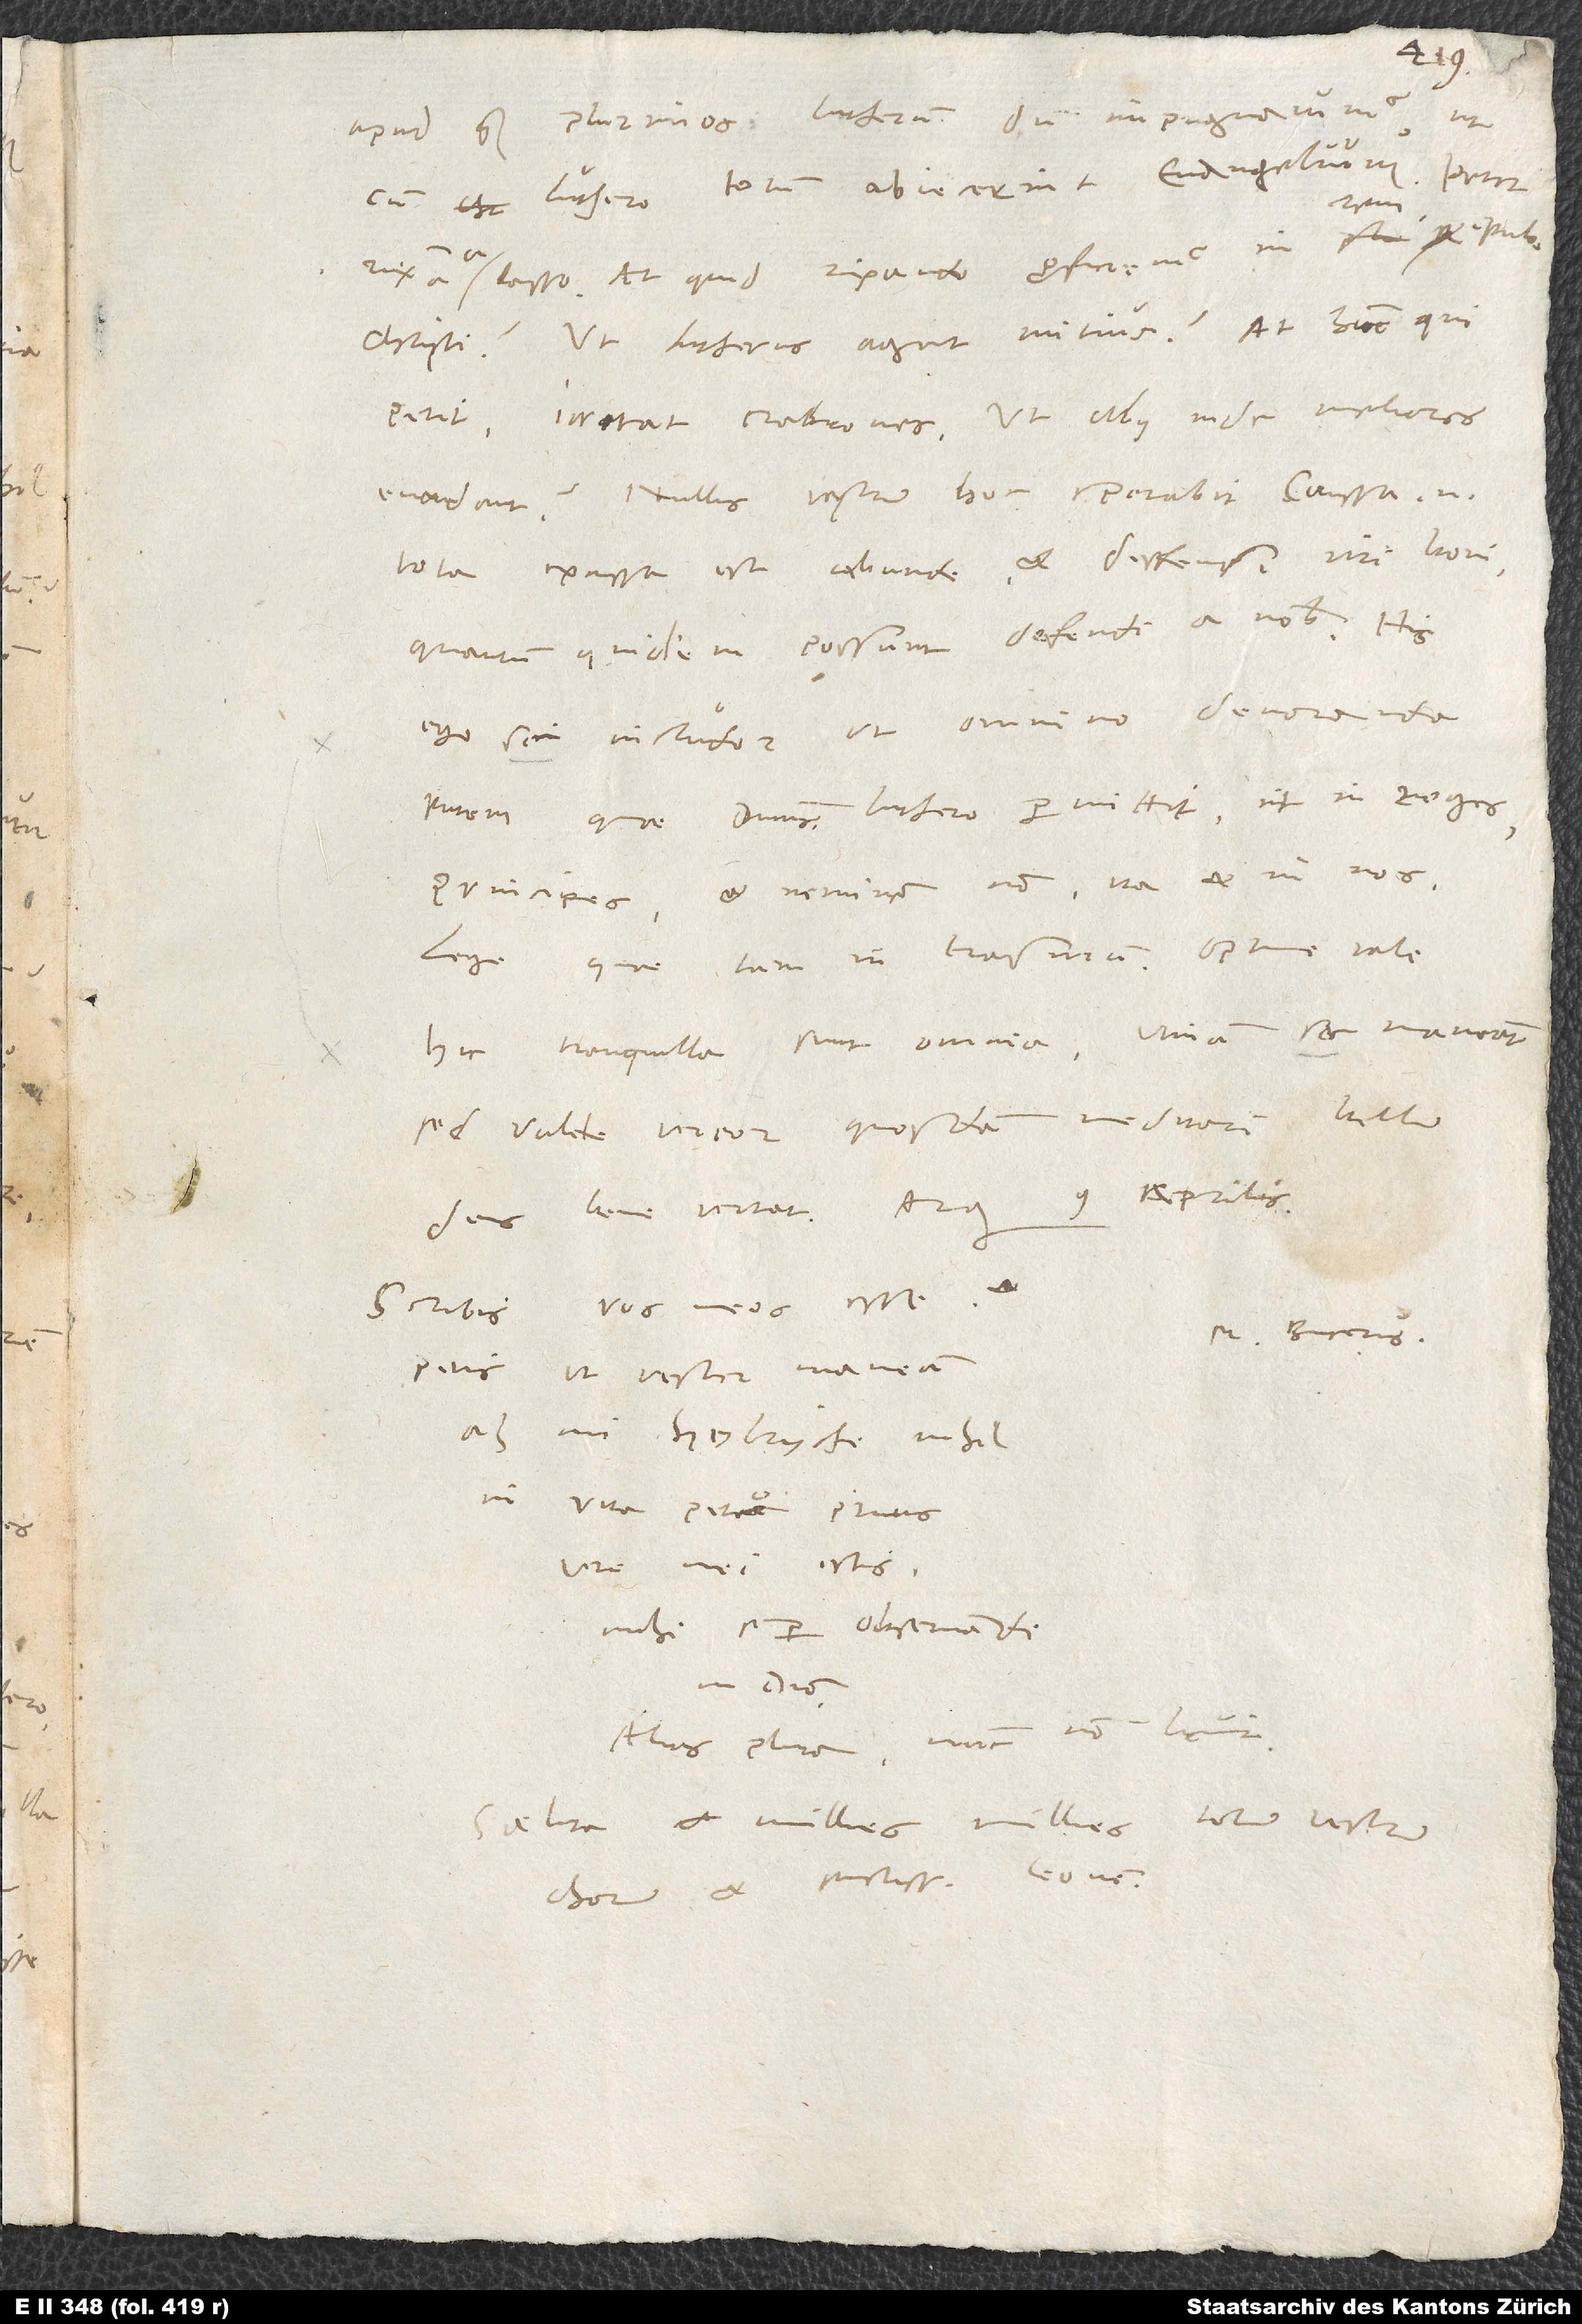
apud quam plurimos, Lutherum dum impugnavimus, ut
cum Luthero totum abiecerint evangelium. Petit
rixam a lasso. At quid rixando proficiemus in rem publicam
Christi? Ut Lutherus agat mitius? At hunc qui
petit, irritat crabrones. Ut alii inde meliores
evadant? Nullus vestrum hoc sperabit. Caussa enim
tota excussa est abunde et deffensi viri boni,
quantum quidem possunt defendi a nobis. His
ego sic includor, ut omnino devoranda
putem, quae dominus Luthero permittit ut in reges,
principes et neminem non, ita et in nos,
Hic tranquilla sunt omnia. Utinam sic maneant.
Sed valete. Vereor quosdam meditari bellum.
Scribis vos meos esse et
M. Bucerus.
petis, ut vester maneam.
Ah, mi Heylryche, nihil
in vita peto prius.
Vere mei estis
mihi semper observandi
in domino.
Alias plura. Nunc non licuit.
Saluta et millies millies totum vestrum
chorum et sanctissimum Leonem.